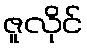
ဇူလိုင်